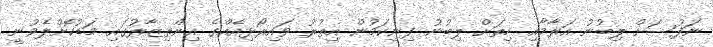
ނަފުސަށް ލިބުނު އަރާމާއި ހިތަށް ލިބުނު ފިނިކަމުން އިތުރު ވައިރޯޅިއެއްގެ އިންތިޒާރުގައި މަޑުކޮށްލެވުނީ